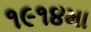
૧૯૧૪મા